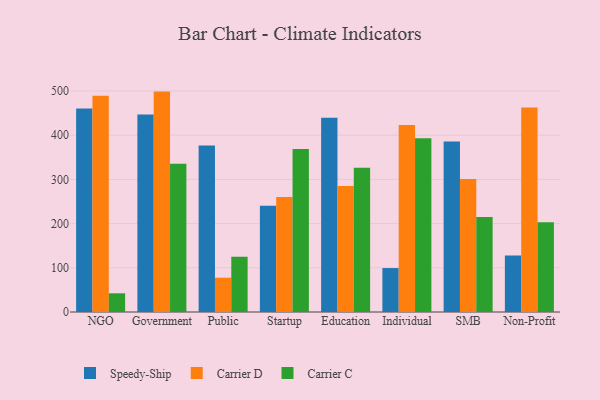
{"axis": {"x": "Segment", "y": "Budget (USD K)"}, "legend": ["Carrier C", "Carrier D", "Speedy-Ship"], "data": [{"x": "NGO", "y": 460.3, "type": "Speedy-Ship"}, {"x": "NGO", "y": 489.4, "type": "Carrier D"}, {"x": "NGO", "y": 42.3, "type": "Carrier C"}, {"x": "Government", "y": 446.7, "type": "Speedy-Ship"}, {"x": "Government", "y": 498.6, "type": "Carrier D"}, {"x": "Government", "y": 335.6, "type": "Carrier C"}, {"x": "Public", "y": 376.9, "type": "Speedy-Ship"}, {"x": "Public", "y": 77.6, "type": "Carrier D"}, {"x": "Public", "y": 124.8, "type": "Carrier C"}, {"x": "Startup", "y": 240.2, "type": "Speedy-Ship"}, {"x": "Startup", "y": 260.3, "type": "Carrier D"}, {"x": "Startup", "y": 368.6, "type": "Carrier C"}, {"x": "Education", "y": 439.4, "type": "Speedy-Ship"}, {"x": "Education", "y": 285.3, "type": "Carrier D"}, {"x": "Education", "y": 326.1, "type": "Carrier C"}, {"x": "Individual", "y": 99.4, "type": "Speedy-Ship"}, {"x": "Individual", "y": 422.8, "type": "Carrier D"}, {"x": "Individual", "y": 392.8, "type": "Carrier C"}, {"x": "SMB", "y": 385.8, "type": "Speedy-Ship"}, {"x": "SMB", "y": 301.1, "type": "Carrier D"}, {"x": "SMB", "y": 215.0, "type": "Carrier C"}, {"x": "Non-Profit", "y": 127.8, "type": "Speedy-Ship"}, {"x": "Non-Profit", "y": 462.9, "type": "Carrier D"}, {"x": "Non-Profit", "y": 202.8, "type": "Carrier C"}]}